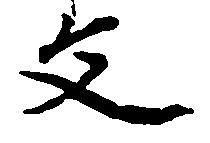
文